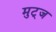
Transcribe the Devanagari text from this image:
मुट्‌ज